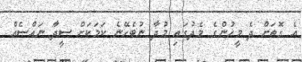
އެ ގޮތަށް ދެ މީހުންގެ މެދުގައި މުދާ ނުބެހޭނެ ކަމަކަށް ސީދާ ނައްސެއް